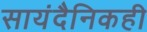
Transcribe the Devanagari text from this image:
सायंदैनिकही